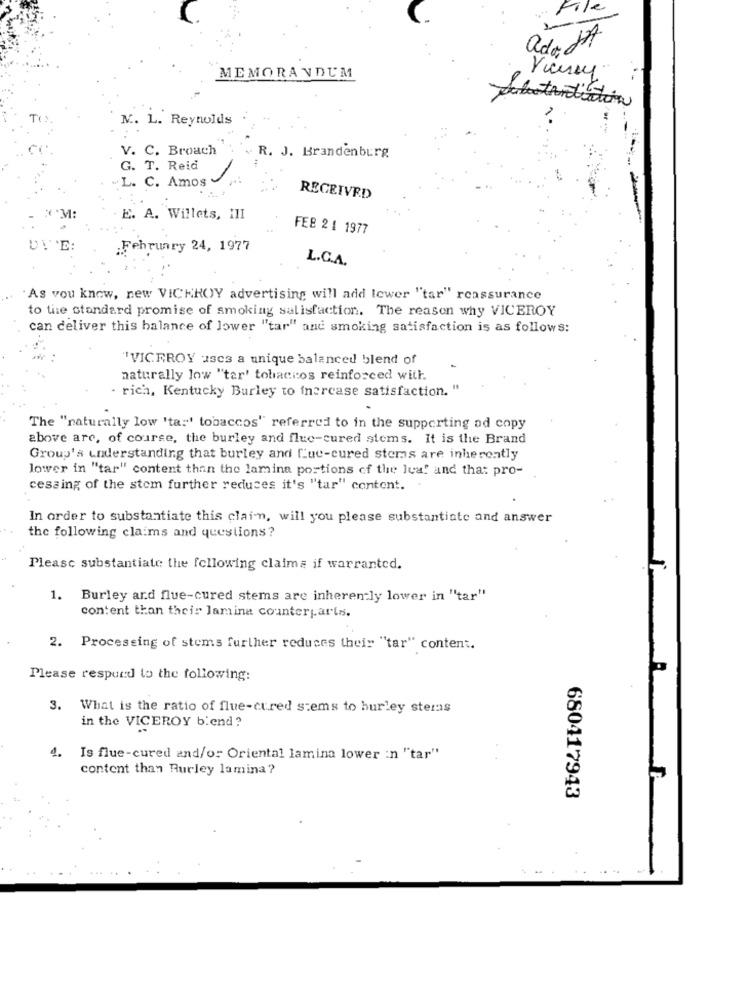
File
ada 17
MEMORANDUM
substantiation
N .. L. Reynolds
V. C. Broach
. R. J. Brandenburg
G. T. Reid
L. C. Amos
RECEIVED
M:
E. A. Willets, HII
FEB 21 1977
DIE:
February 24, 1977
L.C.A.
As you know, new VICKROY advertising will add lower "tar" reassurance
to the standard promise of smoking satisfaction. The reason why VICEROY
can deliver this balance of lower "tar" and smoking satisfaction is as follows:
"VICEROY uses a unique balanced blend of
naturally low "tar' tobaccos reinforced with.
- rich, Kentucky Burley to fnercase satisfaction. "
The "naturally low 'ta:' tobaccos" referred to in the supporting ad copy
above are, of course, the burley and fluc-cured stems. It is the Brand
Group's understanding that burley and fue-cured stems are inherently
lower in "tar" content than the lamina portions of the leaf and that pro-
cessing of the stom further reduces it's "tar" content.
In order to substantiate this clain, will you please substantiate and answer
the following claims and questions?
Please substantiate the following claims if warranted.
1.
Burley ard flue-cured stems are inherently lower in "tar"
content than their lamina counterparts.
2. Processing of stems further reduces their "tar" content.
Please respond to the following:
3. What is the ratio of flue-cured stems to hurley sters
in the VICEROY biend ?
4. Is flue-cured and/or Oriental lamina lower :n "tar"
content than Burley lamina?
680417943